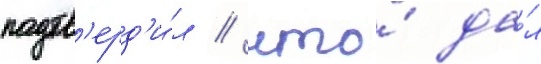
подтв'ерд'и́л / что́ да́л